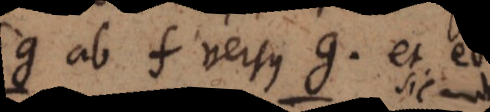
fg ab f versus g, et